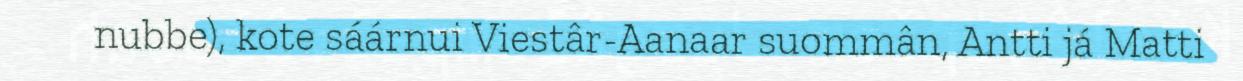
nubbe), kote sáárnui Viestâr-Aanaar suommân, Antti já Matti